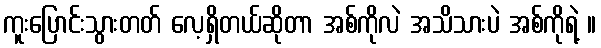
ကူးပြောင်းသွားတတ် လေ့ရှိတယ်ဆိုတာ အစ်ကိုလဲ အသိသားပဲ အစ်ကိုရဲ့ ။